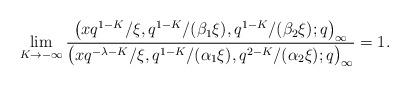
LaTeX: \begin{align*}\lim_{K \to -\infty} \frac{\big(x q^{1-K}/\xi, q^{1-K}/(\beta_1 \xi ), q^{1-K}/(\beta_2 \xi ) ;q\big)_{\infty}}{\big(x q^{-\lambda -K} / \xi, q^{1-K}/(\alpha_1 \xi ), q^{2-K}/(\alpha_2 \xi ) ;q\big)_{\infty}} = 1.\end{align*}